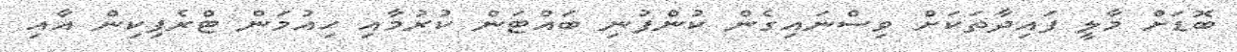
ބޮޑަށް މާލީ ފައިދާތަކަށް ވިސްނައިގެން ކުންފުނި ބައްޓަން ކުރުމާއި ހިއުމަން ޓްރެފިކިން އާއި